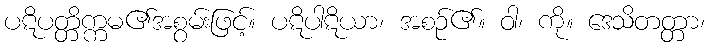
ပဋိပတ္တိက္ကမ၏အစွမ်းဖြင့်။ ပဋိပါဋိယာ၊ အစဉ်၏။ ဝါ၊ ကို။ ဒေသိတတ္တာ၊